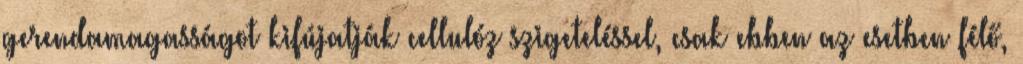
gerendamagasságot kifújatják cellulóz szigeteléssel, csak ebben az esetben félő,